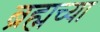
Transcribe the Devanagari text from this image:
ब्रह्मच्या